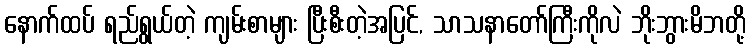
နောက်ထပ် ရည်ရွယ်တဲ့ ကျမ်းစာများ ပြီးစီးတဲ့အပြင်, သာသနာတော်ကြီးကိုလဲ ဘိုးဘွားမိဘတို့